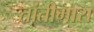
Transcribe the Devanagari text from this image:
तांतीमारा